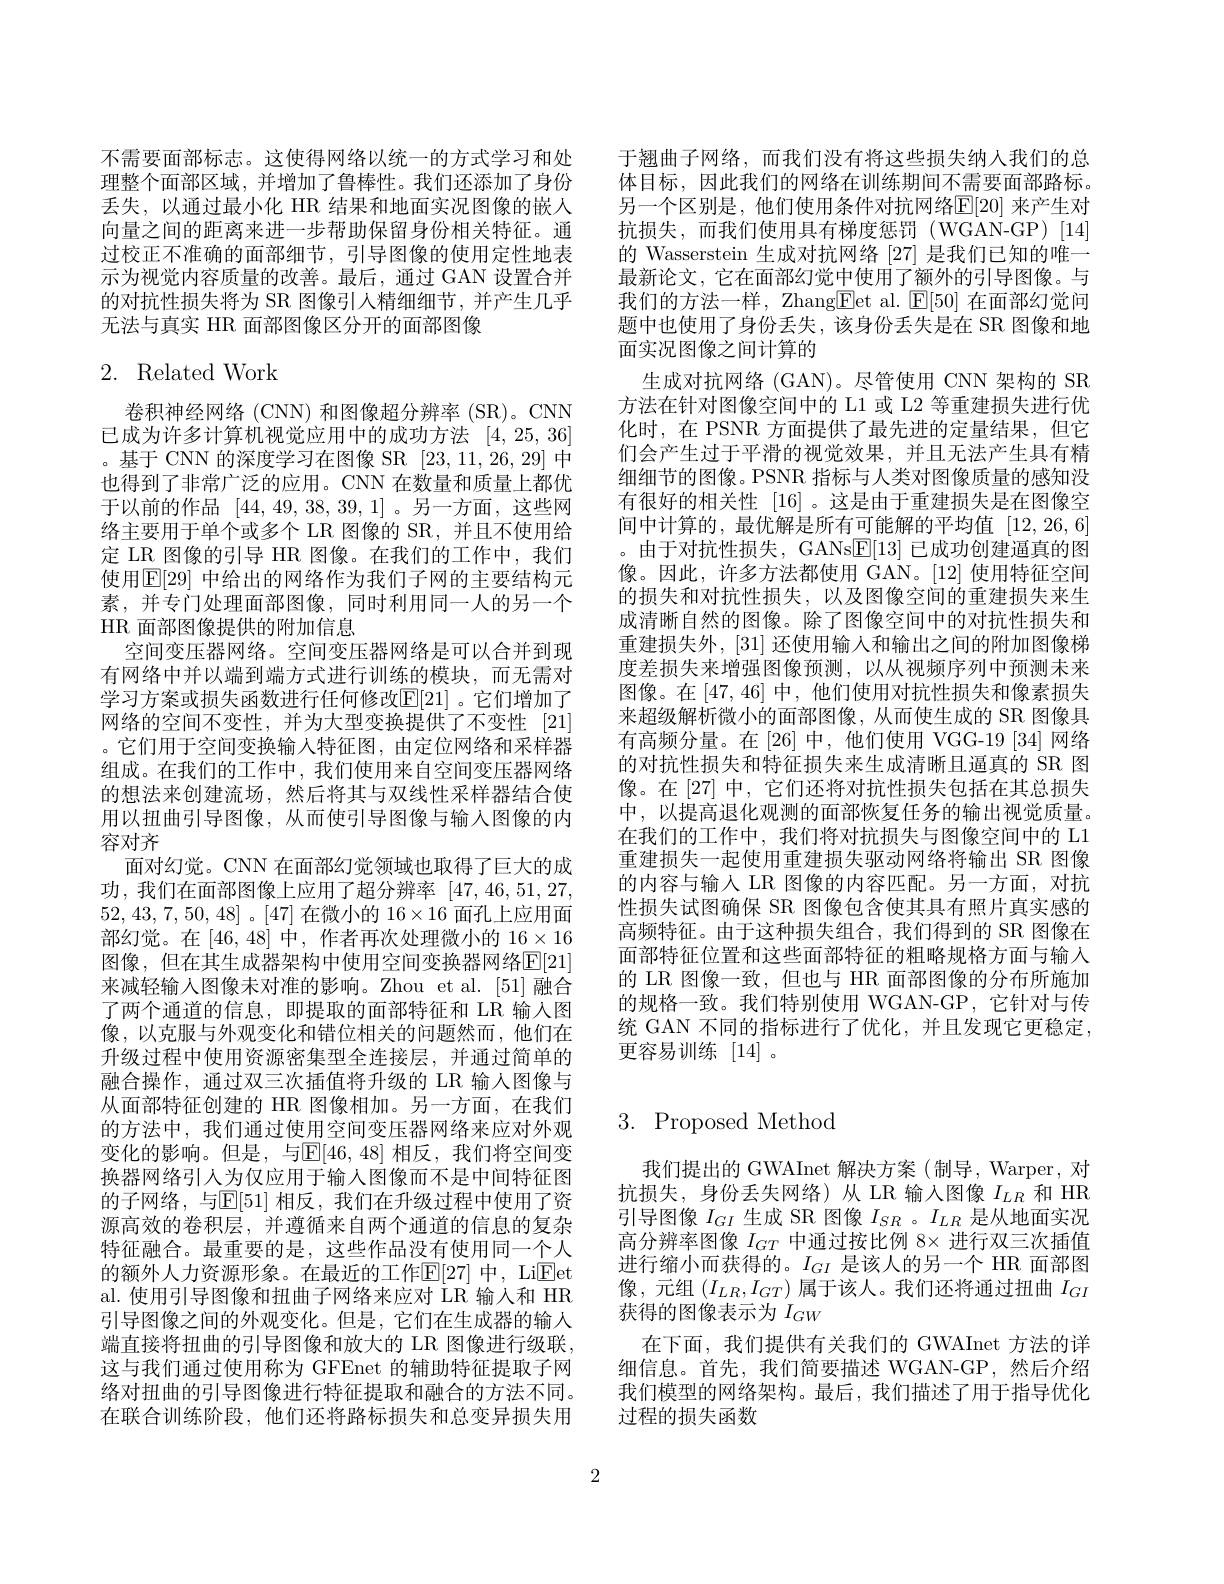
不需要面部标志。这使得网络以统一的方式学习和处理整个面部区域，并增加了鲁棒性。我们还添加了身份丢失，以通过最小化 HR 结果和地面实况图像的嵌入向量之间的距离来进一步帮助保留身份相关特征。通过校正不准确的面部细节，引导图像的使用定性地表示为视觉内容质量的改善。最后，通过 GAN 设置合并的对抗性损失将为 SR 图像引入精细细节，并产生几乎无法与真实 HR 面部图像区分开的面部图像

## 2. Related Work

卷积神经网络 (CNN) 和图像超分辨率 (SR)。CNN 已成为许多计算机视觉应用中的成功方法[4,25,36] 。基于 CNN 的深度学习在图像 SR [23,11,26,29]中也得到了非常广泛的应用。CNN 在数量和质量上都优于以前的作品[44,49,38,39,1] 。另一方面，这些网络主要用于单个或多个 LR 图像的 SR, 并且不使用给定 LR 图像的引导 HR 图像。在我们的工作中，我们使用$\overline{\mathbb{E}}[29]$ 中给出的网络作为我们子网的主要结构元素，并专门处理面部图像，同时利用同一人的另一个HR 面部图像提供的附加信息
空间变压器网络。空间变压器网络是可以合并到现有网络中并以端到端方式进行训练的模块，而无需对学习方案或损失函数进行任何修改$\mathbb{E}[21]$ 。它们增加了网络的空间不变性，并为大型变换提供了不变性[21] 。它们用于空间变换输入特征图，由定位网络和采样器组成。在我们的工作中，我们使用来自空间变压器网络的想法来创建流场，然后将其与双线性采样器结合使用以扭曲引导图像，从而使引导图像与输入图像的内容对齐
面对幻觉。CNN 在面部幻觉领域也取得了巨大的成功，我们在面部图像上应用了超分辨率[47,46,51,27, 52,43,7,50,48]。[47]在微小的$16\times16$面孔上应用面部幻觉。在[46,48]中，作者再次处理微小的$16\times16$ 图像，但在其生成器架构中使用空间变换器网络$\mathbb{E}[21]$ 来减轻输入图像未对准的影响。Zhou et al.[51]融合了两个通道的信息，即提取的面部特征和 LR 输入图像，以克服与外观变化和错位相关的问题然而，他们在升级过程中使用资源密集型全连接层，并通过简单的融合操作，通过双三次插值将升级的 LR 输入图像与从面部特征创建的 HR 图像相加。另一方面，在我们的方法中，我们通过使用空间变压器网络来应对外观变化的影响。但是，与$\mathbb{E}[46,48]$ 相反，我们将空间变换器网络引人为仅应用于输入图像而不是中间特征图的子网络，与$\mathbb{E}[51]$ 相反，我们在升级过程中使用了资源高效的卷积层，并遵循来自两个通道的信息的复杂特征融合。最重要的是，这些作品没有使用同一个人的额外人力资源形象。在最近的工作$\mathbb{E}[27]$ 中，Li$\mathbb{E}$et al. 使用引导图像和扭曲子网络来应对 LR 输入和 HR 引导图像之间的外观变化。但是，它们在生成器的输人端直接将扭曲的引导图像和放大的 LR 图像进行级联， 这与我们通过使用称为 GFEnet 的辅助特征提取子网络对扭曲的引导图像进行特征提取和融合的方法不同。在联合训练阶段，他们还将路标损失和总变异损失用

于翘曲子网络，而我们没有将这些损失纳人我们的总体目标，因此我们的网络在训练期间不需要面部路标。另一个区别是，他们使用条件对抗网络$\mathbb{E}[20]$ 来产生对抗损失，而我们使用具有梯度惩罚(WGAN-GP)[14] 的 Wasserstein 生成对抗网络 [27] 是我们已知的唯一最新论文，它在面部幻觉中使用了额外的引导图像。与我们的方法一样，Zhang$\underline{\mathrm{Eet~al.~}}\underline{\mathrm{E[50]~}}$在面部幻觉问题中也使用了身份丢失，该身份丢失是在 SR 图像和地面实况图像之间计算的
生成对抗网络 (GAN)。尽管使用 CNN 架构的 SR 方法在针对图像空间中的 L1 或 L2 等重建损失进行优化时，在 PSNR 方面提供了最先进的定量结果，但它们会产生过于平滑的视觉效果，并且无法产生具有精细细节的图像。PSNR 指标与人类对图像质量的感知没有很好的相关性[16] 。这是由于重建损失是在图像空间中计算的，最优解是所有可能解的平均值[12,26,6] 。由于对抗性损失，GANs$\mathbb{E}[13]$已成功创建通真的图像。因此，许多方法都使用 GAN。[12] 使用特征空间的损失和对抗性损失，以及图像空间的重建损失来生成清晰自然的图像。除了图像空间中的对抗性损失和重建损失外，[31] 还使用输人和输出之间的附加图像梯度差损失来增强图像预测，以从视频序列中预测未来图像。在[47,46]中，他们使用对抗性损失和像素损失来超级解析微小的面部图像，从而使生成的 SR 图像具有高频分量。在[26]中，他们使用 VGG-19 [34] 网络的对抗性损失和特征损失来生成清晰且逼真的 SR 图像。在[27] 中，它们还将对抗性损失包括在其总损失中，以提高退化观测的面部恢复任务的输出视觉质量。在我们的工作中，我们将对抗损失与图像空间中的 L1重建损失一起使用重建损失驱动网络将输出 SR 图像的内容与输入 LR 图像的内容匹配。另一方面，对抗性损失试图确保 SR 图像包含使其具有照片真实感的高频特征。由于这种损失组合，我们得到的 SR 图像在面部特征位置和这些面部特征的粗略规格方面与输入的 LR 图像一致，但也与 HR 面部图像的分布所施加的规格一致。我们特别使用 WGAN-GP,它针对与传统 GAN 不同的指标进行了优化，并且发现它更稳定， 更容易训练[14] 。

# 3. Proposed Method

我们提出的 GWAInet 解决方案 (制导，Warper, 对抗损失，身份丢失网络)从 LR 输入图像$I_{LR}$和 HR 引导图像$I_GI$生成 SR 图像$I_SR$ 。$I_{LR}$是从地面实况高分辨率图像$I_{GT}$中通过按比例 8× 进行双三次插值进行缩小而获得的。$I_GI$是该人的另一个 HR 面部图像，元组$(I_{LR},I_{GT})$属于该人。我们还将通过扭曲$I_GI$ 获得的图像表示为$I_{GW}$
在下面，我们提供有关我们的 GWAInet 方法的详细信息。首先，我们简要描述 WGAN-GP,然后介绍我们模型的网络架构。最后，我们描述了用于指导优化过程的损失函数

2